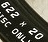
622 x 20